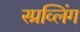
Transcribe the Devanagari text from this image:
स्प्रव्लिंग